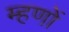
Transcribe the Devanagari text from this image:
म्हणों